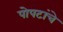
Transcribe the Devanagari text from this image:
पोपटांचे